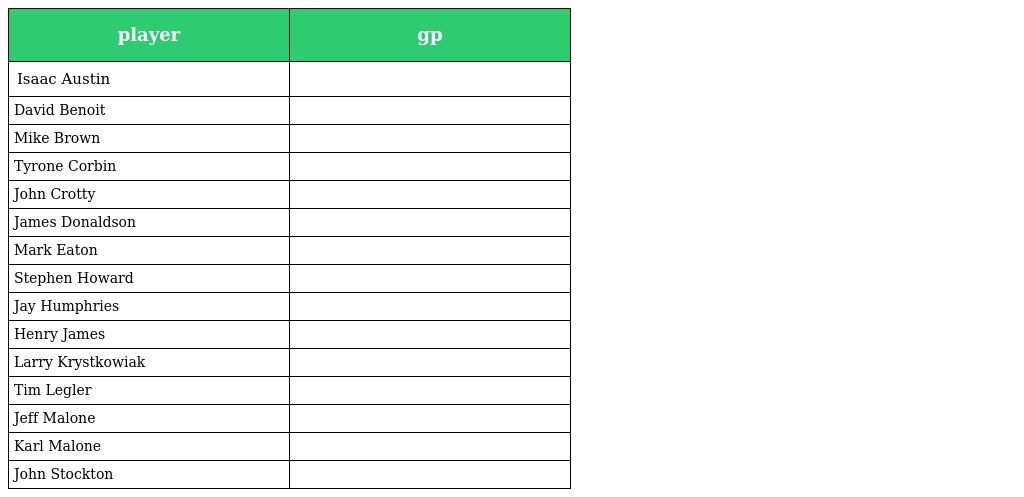
| player | gp |
 | --- | --- |
 | Isaac Austin |  |
 | David Benoit |  |
 | Mike Brown |  |
 | Tyrone Corbin |  |
 | John Crotty |  |
 | James Donaldson |  |
 | Mark Eaton |  |
 | Stephen Howard |  |
 | Jay Humphries |  |
 | Henry James |  |
 | Larry Krystkowiak |  |
 | Tim Legler |  |
 | Jeff Malone |  |
 | Karl Malone |  |
 | John Stockton |  |